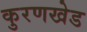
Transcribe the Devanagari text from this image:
कुरणखेड